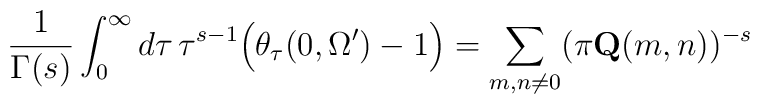
\frac{1}{\Gamma(s)}  \int_0^{\infty} d \tau \,\tau^{s-1}     \Big(\theta_{\tau}(0,\Omega') -1   \Big) = \sum_{m,n \neq 0} (\pi     \mathbf{Q}(m,n))^{-s}